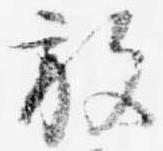
放